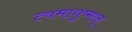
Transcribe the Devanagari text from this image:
त्वमायुष्मान्